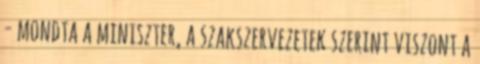
- mondta a miniszter, a szakszervezetek szerint viszont a